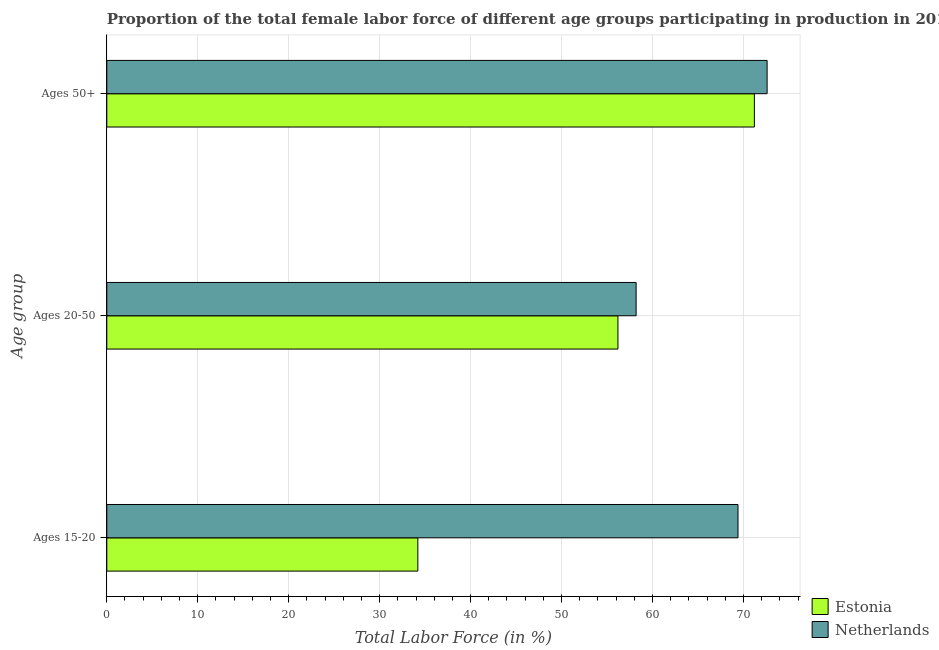
| Age group | Estonia | Netherlands |
 | --- | --- | --- |
 | Ages 15-20 | 34.2 | 69.4 |
 | Ages 20-50 | 56.2 | 58.2 |
 | Ages 50+ | 71.2 | 72.6 |